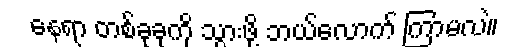
နေရာ တစ်ခုခုကို သွားဖို့ ဘယ်လောက် ကြာမလဲ။